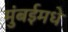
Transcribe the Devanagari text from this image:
मुंबईमधे